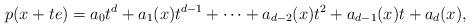
LaTeX: \begin{align*} p(x+te) = a_0t^d+a_1(x)t^{d-1} + \cdots + a_{d-2}(x)t^2 + a_{d-1}(x)t + a_d(x),\end{align*}